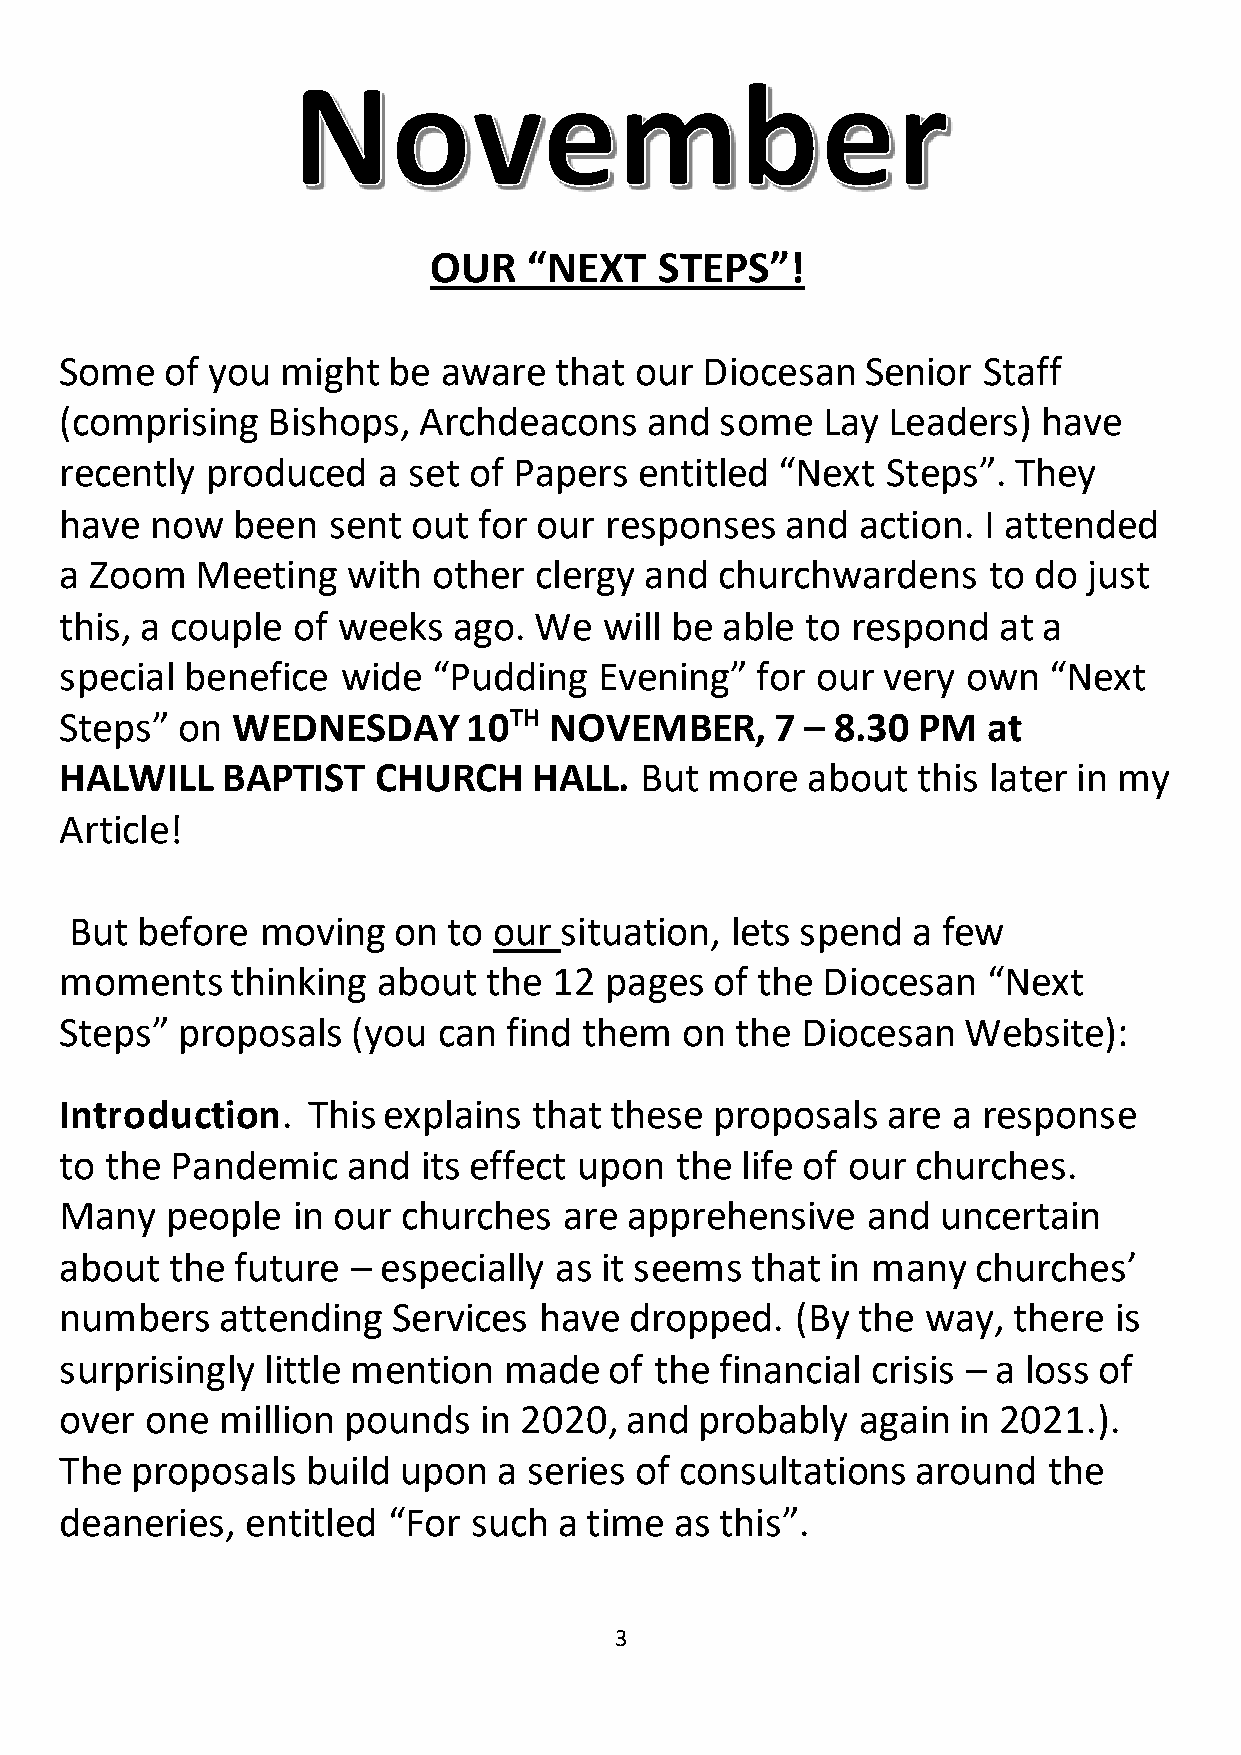
OUR    “NEXT    STEPS”!
 Some   of you  might  be aware   that our Diocesan   Senior  Staff
 (comp  rising Bishops,  Archdeacons    and  some  Lay  Leaders)  have
 recently  produced   a set of Papers  entitled  “Next  Steps”. They
 have  now  been   sent out  for our responses   and  action. I attended
 a Zoo m  Meeting   with  other clergy  and  churchwardens    to do  just
 this, a couple of weeks   ago. We   will be able to respond   at a
 special benefice   wide  “Pudding   Evening”  for our very  own  “Next
 Steps ” on WEDNESDAY       10TH NOVEMBER,      7 – 8.30  PM  at
 HALWILL    BAPTIST   CHURCH    HALL.  But  more  about   this later in my
 Article!
 But before  moving   on  to our situation, lets spend  a few
 moments    thinking  about  the  12 pages  of the Diocesan   “Next
 Steps ” proposals  (you  can  find them  on  the Diocesan   Website):
 Introduction.   This explains  that these  proposals   are a response
 to the Pandemic    and  its effect upon  the life of our churches.
 Many   people  in our  churches  are  apprehensive   and  uncertain
 about  the  future – especially  as it seems  that in many   churches’
 numbers   attending   Services  have  dropped.   (By the way,  there  is
 surpri singly little mention made   of the  financial crisis – a loss of
 over  one million  pounds   in 2020, and  probably   again in 2021.).
 The  proposals  build  upon  a series of consultations   around  the
 deane  ries, entitled “For such  a time  as this”.
 Our  Vision.  We  are  reminded   of the  three key  elements   to the
 3
 Exeter  Diocesan   Vision: “Growing   in Prayer”,  “Making   new
 Disciples”, “Serving  the  people  of Devon   with joy”. This Vision  is
 reaffirmed.